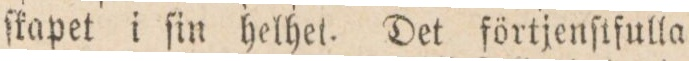
ſkapet i ſin helhet. Det förtjenſtfulla